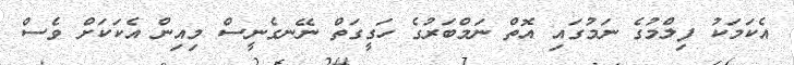
އެކަމަކު ފިލްމުގެ ނަމުގައި އޮތް ނަމްބަރުގެ ހަގީގަތް ނޭނގެނީސް މިއިން އެކަކަށް ވެސް